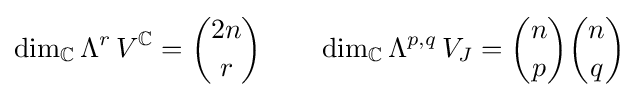
\dim _{\mathbb {C} }\Lambda ^{r}\,V^{\mathbb {C} }={2n \choose r}\qquad \dim _{\mathbb {C} }\Lambda ^{p,q}\,V_{J}={n \choose p}{n \choose q}